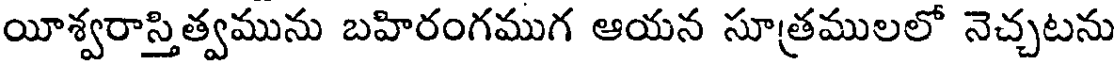
యీశ్వరాస్తిత్వమును బహిరంగముగ ఆయన సూత్రములలో నెచ్చటను